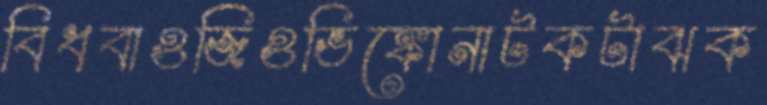
বিধবাওজিওভিঙ্কোনাটকটাঝক